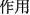
作用